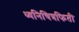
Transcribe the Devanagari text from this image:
ध्वनिचित्रफिती